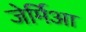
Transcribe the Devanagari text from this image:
जेर्मिआ